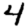
Digit: 4